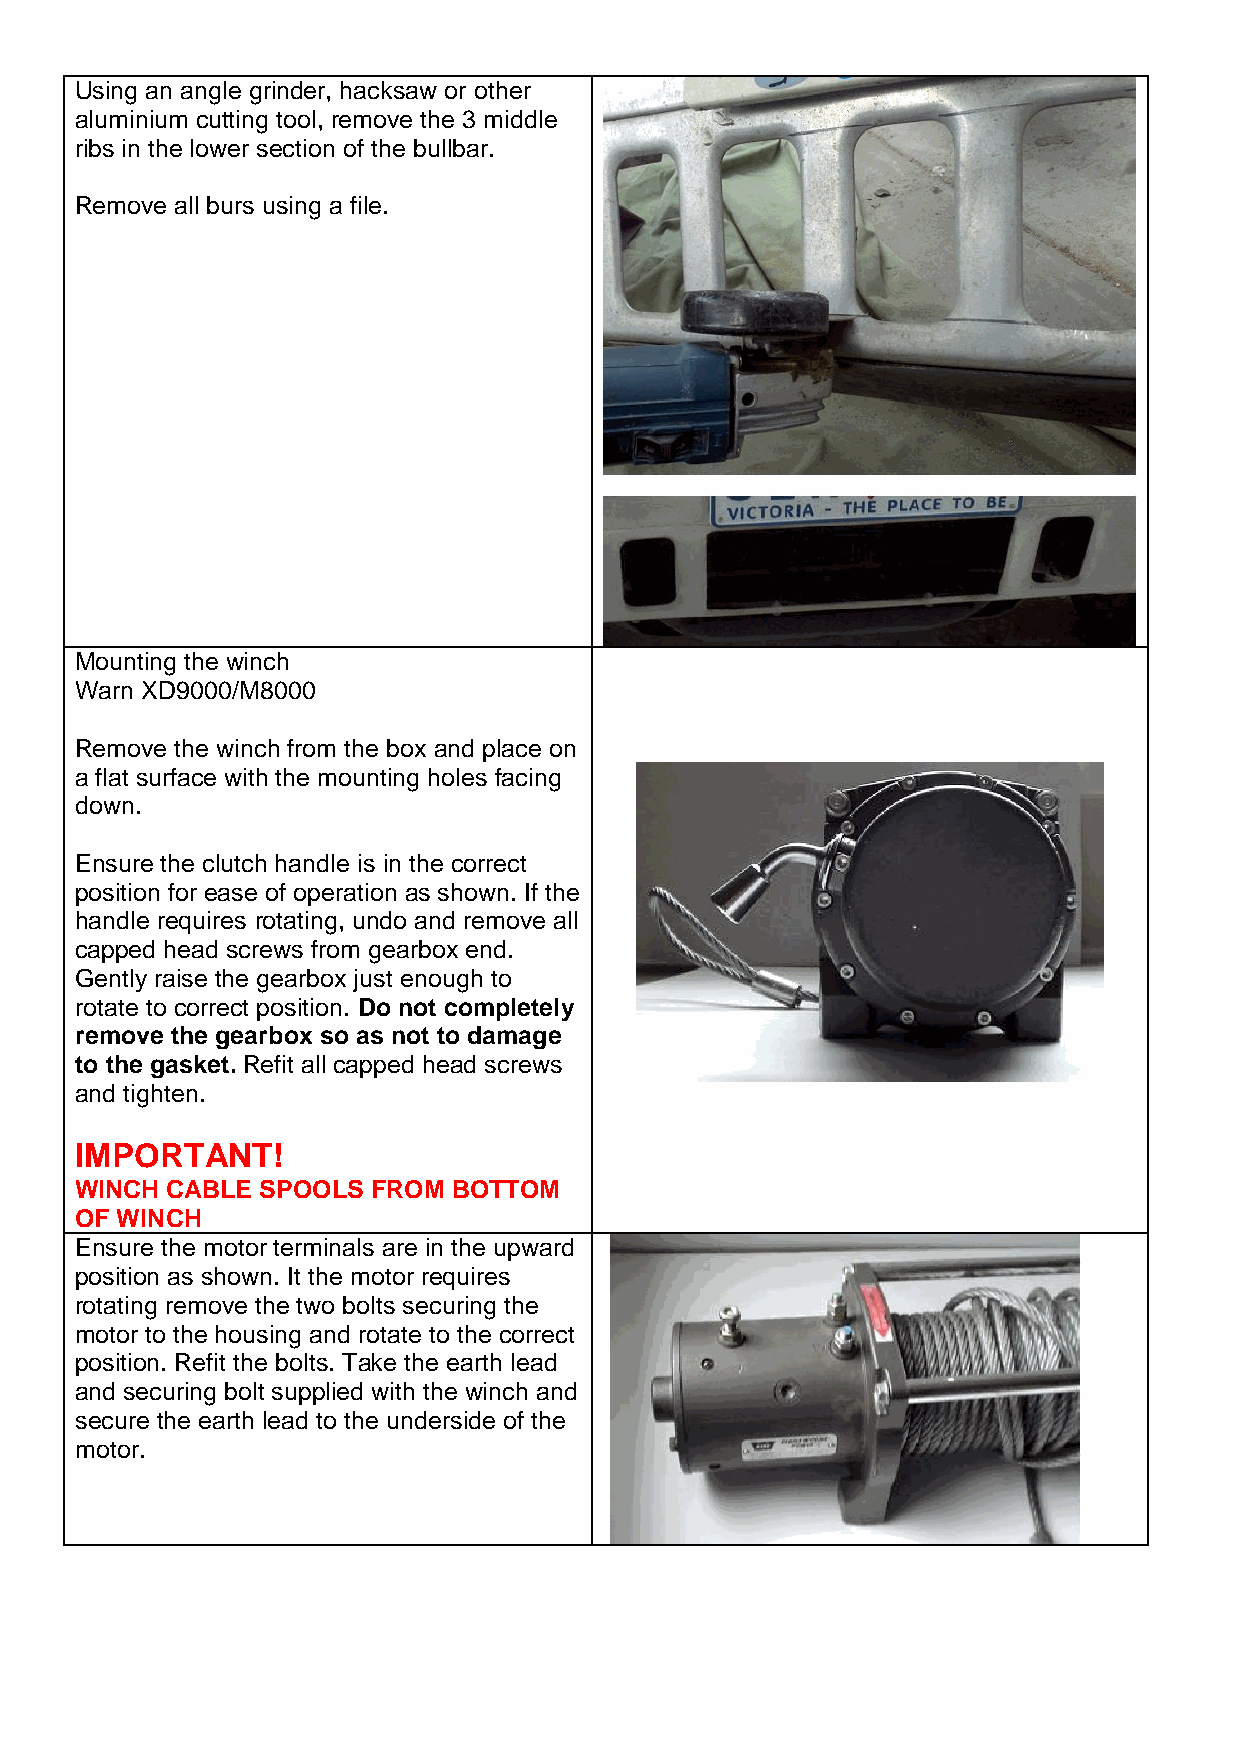
Using an angle grinder, hacksaw or other
 aluminium cutting tool, remove the 3 middle
 ribs in the lower section of the bullbar.
 Remove all burs using a file.
 Mounting the winch
 Warn XD9000/M8000
 Remove the winch from the box and place on
 a flat surface with the mounting holes facing
 down.
 Ensure the clutch handle is in the correct
 position for ease of operation as shown. If the
 handle requires rotating, undo and remove all
 capped head screws from gearbox end.
 Gently raise the gearbox just enough to
 rotate to correct position. Do not completely
 remove the gearbox so as not to damage
 to the gasket. Refit all capped head screws
 and tighten.
 IMPORTANT!
 WINCH CABLE SPOOLS  FROM BOTTOM
 OF WINCH
 Ensure the motor terminals are in the upward
 position as shown. It the motor requires
 rotating remove the two bolts securing the
 motor to the housing and rotate to the correct
 position. Refit the bolts. Take the earth lead
 and securing bolt supplied with the winch and
 secure the earth lead to the underside of the
 motor.